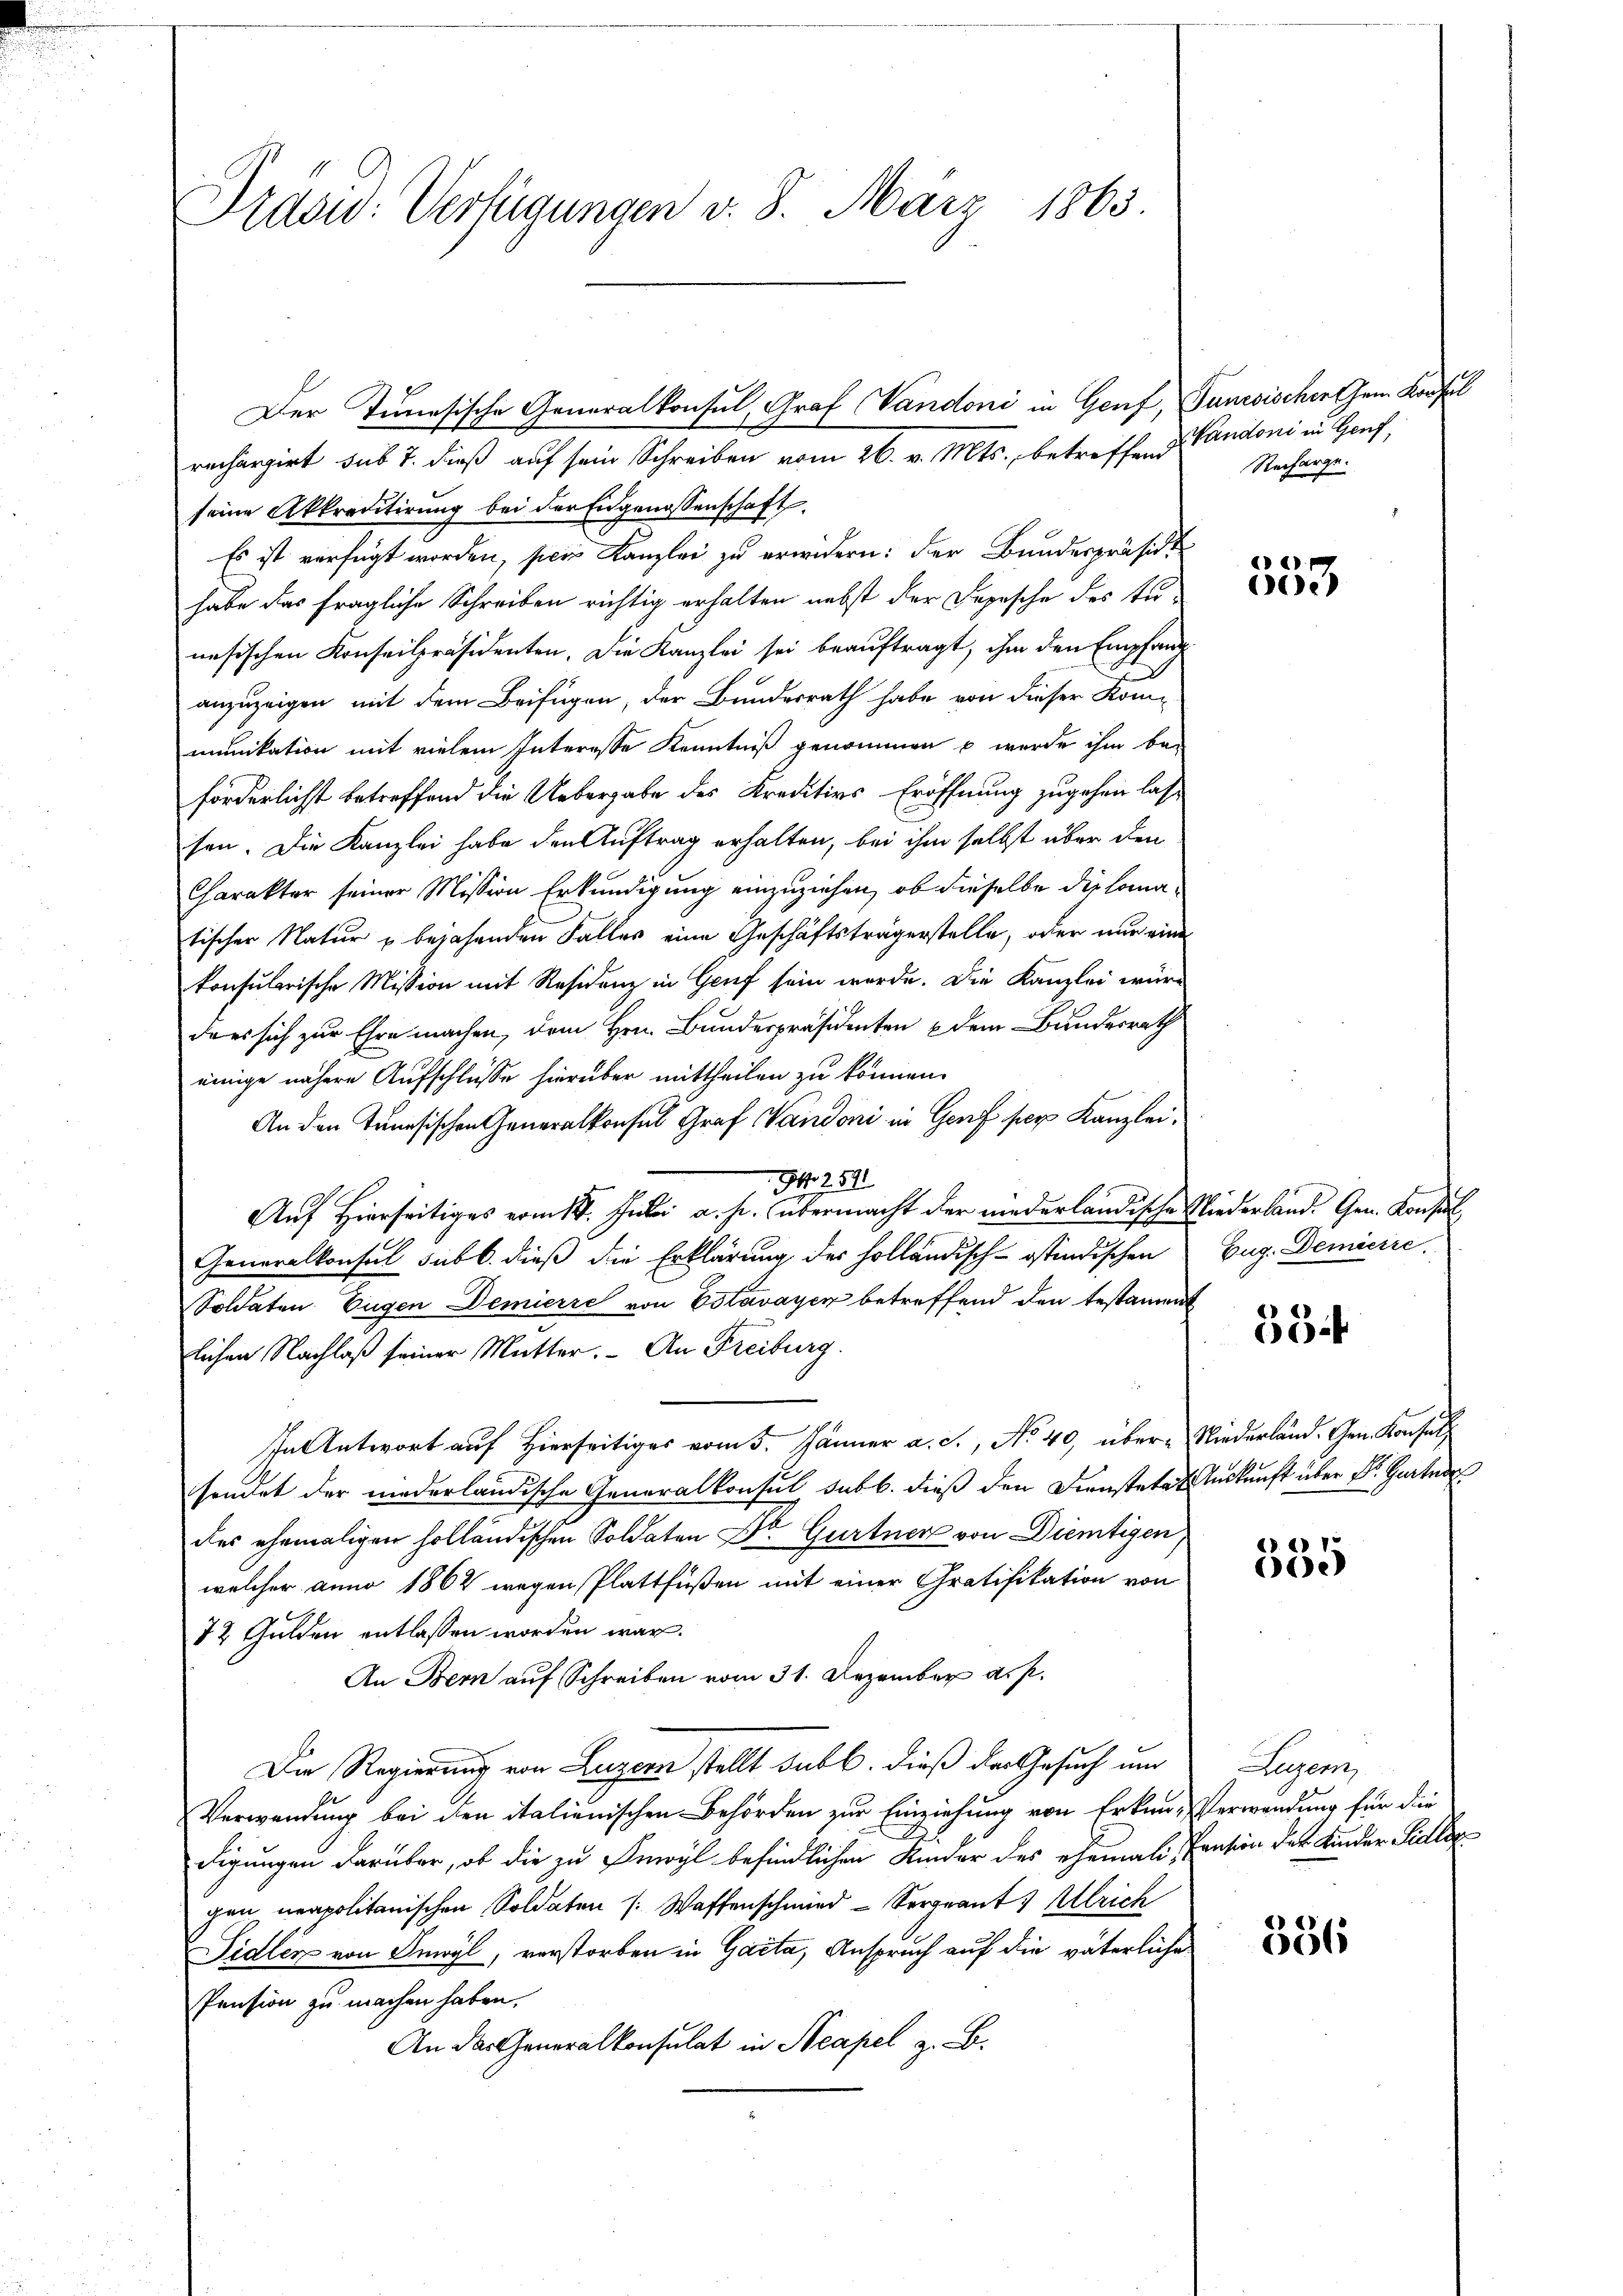
Prasid: Verfügungen v. 8. März 1863.

rechargirt sub 7. dieß auf sein Schreiben vom 26. v. Mts., betreffend Pandoni in Hanf,
seine Akkreditirung bei der Eidgenossenschaft
Es ist verfügt worden, sein Kanzlei zu erwidern: der Bundespräsidi
habe das fragliche Schreiben richtig erhalten nebst der Depesche des tunesischen Konseilpräsidenten. Die Kanzlei sei beauftragt, ihm den Empfang
anzuzeigen mit dem Beifügen, der Bundesrath habe von dieser Kom-
munikation mit vielem Interesse Kenntniß genommen u werde ihm be-
förderlichst betreffend die Uebergabe des Kreditivs Eröffnung zugehen lasse
sen. Die Kanzlei habe den Auftrag erhalten, bei ihm selbst über den
Charakter seiner Mission Erkundigung einzuziehen, ob dieselbe diplomatischer Natur & bejahenden Falles eine Geschäftsträgerstelle, oder nur eine
konsularische Mission mit Residenz in Genf sein werde. Die Kanzlei würdans sich zur Ehre machen, dem Hrn. Bundespräsidenten dem Bundesrath
einige nähere Aufschlüsse hierüber mittheilen zu können.
An den Tunesischen Generalkonsul Graf Wandoni in Genf per Kanzlei,
G. 259.
Auf Hierseitiges vom 18. Julii a. h. übermacht der niederländische Niederlande Gen. Konsul,
Generalkonsul sub b. dieß die Erklärung des holländisch-ostindischen
Soldaten Eugen Demierse von Estavayer betreffend den testament
lichen Nachlaß seiner Mutter. An Freiburg.
Antwort auf Hierseitiger vom 5. Jänner a. c., No 40, über Niederländ. Gen. Konsul
sonder der niederländische Generalkonsul sub b. dieß den Dienstete Auskunft über Dr. Gartner
des ehemaligen holländischen Soldaten Dr Gurtner von Diemtigen
welcher anno 1862 wegen Plattfüßen mit einer Gratifikation von
72 Gulden entlassen worden war.
An Bern auf Schreiben vom 31. Dezember a. p.
Die Regierung von Luzern stellt sub b. dieß der Gesuch um
Verwendung bei den italienischen Behörden zur Einziehung von Erkun- Verwendung für die
digungen darüber, ob die zu Inwyl befindlichen Kinder des ehemali, Pension des Kinder Sidler
gen neapolitanischen Soldaten (Waffenschmied - Sorgeant. Ulrich
Sidler von Smvyl, verstorben in Garta, Anspruch auf die väterliche
Pension zu machen haben.
An das Generalkonsulat in Neapel z. B.

Der Tunesische Generalkonsul, Graf Vandoni in Genf, Ganesischenthum Konfel

Recharge.

)

Eug. Demierre

53

.
635

Eugen

386